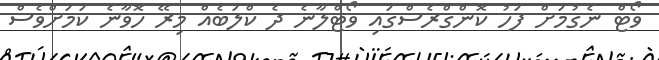
ވޯޓް ނެގުމަށް ފަހު ކޮންގްރެސްގައި ވޯޓްލާނެ ދެ ކްލަބެއް މިރޭ ހޮވާނެ ކަމަށްވެސް